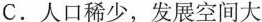
C.人口稀少，发展空间大